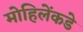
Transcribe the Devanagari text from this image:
मोहिलेंकडे